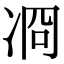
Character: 㓏